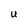
Character: U